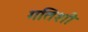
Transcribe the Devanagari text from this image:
गतिशी